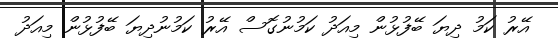
އޭރު ކަމު ދިޔަ ބޭފުޅުން މިއަދު ކަމުނުގޮސް އޭރު ކަމުނުދިޔަ ބޭފުޅުން މިއަދު